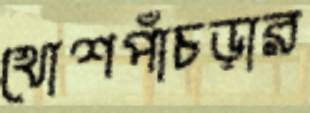
খোশপাঁচড়ার